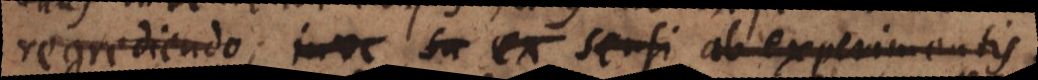
regrediendo; inve ex sensi ab experimentis